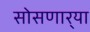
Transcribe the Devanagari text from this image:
सोसणार्‍या